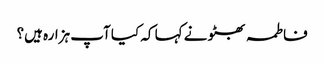
فاطمہ بھٹو نے کہا کہ کیا آپ ہزارہ ہیں؟